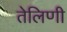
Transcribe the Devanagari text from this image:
तेलिणी